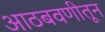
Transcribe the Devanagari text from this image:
आठबवणीतून